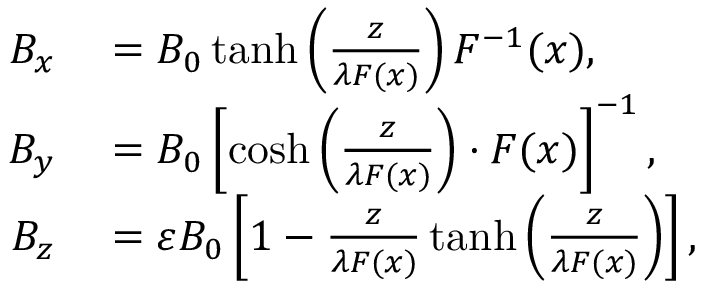
\begin{array} { r l } { B _ { x } } & { { } = B _ { 0 } \operatorname { t a n h } \left( \frac { z } { \lambda F ( x ) } \right) F ^ { - 1 } ( x ) , } \\ { B _ { y } } & { { } = B _ { 0 } \left[ \cosh \left( \frac { z } { \lambda F ( x ) } \right) \cdot F ( x ) \right] ^ { - 1 } , } \\ { B _ { z } } & { { } = \varepsilon B _ { 0 } \left[ 1 - \frac { z } { \lambda F ( x ) } \operatorname { t a n h } \left( \frac { z } { \lambda F ( x ) } \right) \right] , } \end{array}